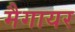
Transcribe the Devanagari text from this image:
मैगायर